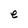
Character: e